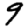
Digit: 9